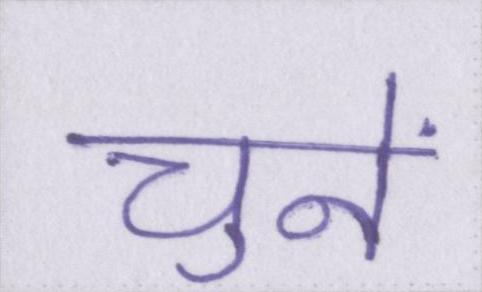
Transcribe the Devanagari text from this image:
चुनें